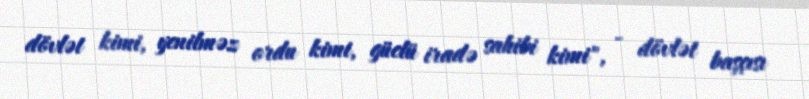
dövlət kimi, yenilməz ordu kimi, güclü iradə sahibi kimi", - dövlət başçısı